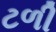
ટળી